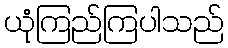
ယုံကြည်ကြပါသည်